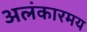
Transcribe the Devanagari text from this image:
अलंकारमय